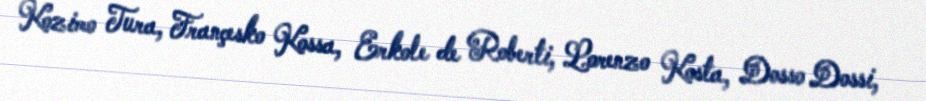
Kozimo Tura, Françesko Kossa, Erkole de Roberti, Lorenzo Kosta, Dosso Dossi,